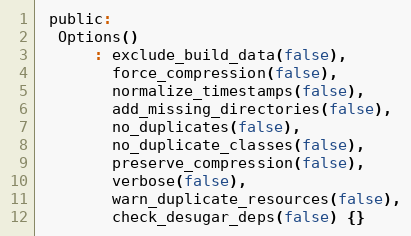
Language: C
 public:
  Options()
      : exclude_build_data(false),
        force_compression(false),
        normalize_timestamps(false),
        add_missing_directories(false),
        no_duplicates(false),
        no_duplicate_classes(false),
        preserve_compression(false),
        verbose(false),
        warn_duplicate_resources(false),
        check_desugar_deps(false) {}